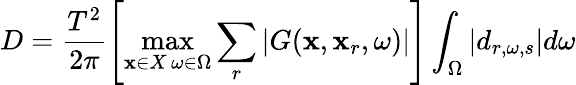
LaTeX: D=\frac{T^{2}}{2\pi}\left[\underset{{\substack{\mathbf{x}\in X\, \omega\in\Omega}}}{\operatorname*{max}}\sum_{r}\left|G(\mathbf{x},\mathbf{x}_{r},\omega)\right|\right]\int_{\Omega}\left|d_{r,\omega,s}\right|d\omega